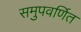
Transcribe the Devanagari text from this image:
समुपवर्णित